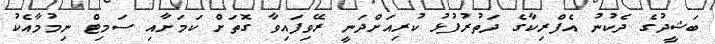
ބަޝީދުގެ ދެކުނު އެފްރިކާގެ ދަތުރުފުޅު ކުރިއަށްދަނީ ރޭވިފައިވާ ގޮތަށް ކަމަށާއި ސަމިޓް ނިމުމާއެކު